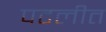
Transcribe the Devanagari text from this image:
पटलीत